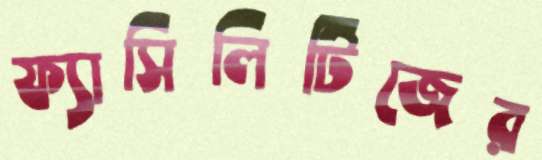
ফ্যাসিলিটিজের